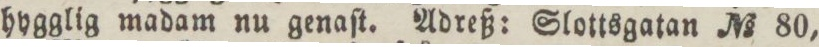
hygglig madam nu genaſt. Adreß: Slottsgatan No 80,